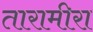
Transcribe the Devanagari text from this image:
तारामीरा